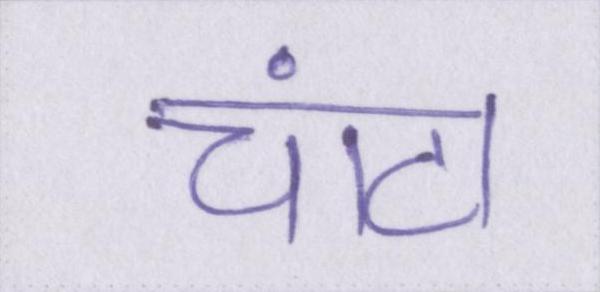
चांटा